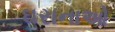
ઘરાનાઓ